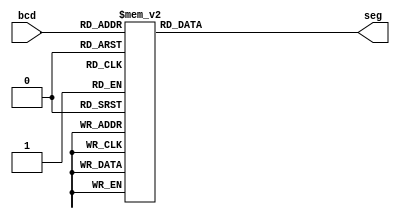
module bcd_to_7seg (bcd, seg);

    //0 TO 9
    input [3: 0] bcd;

    //A -> MSB. G -> LSB
    output reg [6: 0] seg;

    always @ (bcd)
    case(bcd)
    //SEGMENT GLOWS -> BIT = 0

    //GLOW ALL EXCEPT G
    0: seg = 6'b0000001;
    1: seg = 6'b1001111;
    2: seg = 6'b0010010;
    3: seg = 6'b0000110;
    4: seg = 6'b1001100;
    5: seg = 6'b0100100;
    6: seg = 6'b0100000;
    7: seg = 6'b0001111;
    8: seg = 6'b0000000;
    9: seg = 6'b0000100;

    //ALL OFF
    default: seg = 6'b1111111;
    endcase
endmodule